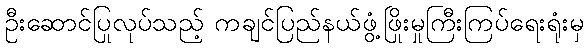
ဦးဆောင်ပြုလုပ်သည့် ကချင်ပြည်နယ်ဖွံ့ဖြိုးမှုကြီးကြပ်ရေးရုံးမှ